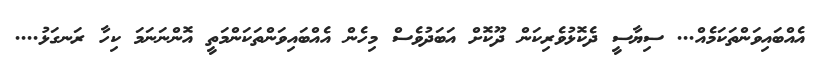
އެއްބައިވަންތަކަމެއް... ސިޔާސީ ދެކޮޅުވެރިކަން ދޫކޮށް އަބަދުވެސް މިހެން އެއްބައިވަންތަކަންމަތީ އޮންނަނަމަ ކިހާ ރަނގަޅު....